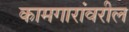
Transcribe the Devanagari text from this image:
कामगारांवरील